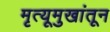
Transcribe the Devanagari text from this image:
मृत्यूमुखांतून